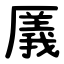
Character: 㕒